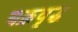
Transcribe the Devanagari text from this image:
चक्रवृद्ध